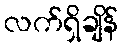
လက်ရှိချိန်